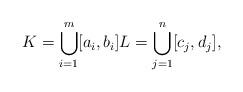
LaTeX: \begin{align*} K = \bigcup_{i=1}^m [a_i,b_i] L=\bigcup_{j=1}^n [c_j,d_j], \end{align*}